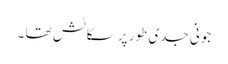
جونی جدی طور پر سکاٹش تھا ۔